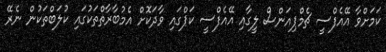
ކަމަށްވާ އޭއެފްސީ ޗެމްޕިއަންސް ލީގާއި އޭއެފްސީ ކަޕްގައި ވާދަކޮށް އެމުބާރާތްތަކުގައި ކުލަބްތަކުން ނެރޭ